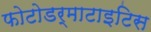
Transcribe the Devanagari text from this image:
फोटोडर्माटाइटिस